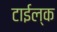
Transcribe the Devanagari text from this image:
टाईल्क